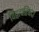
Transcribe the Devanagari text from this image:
विद्वत्परिषदा